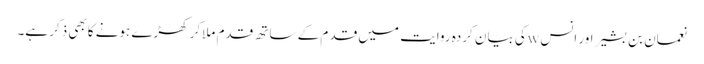
نعمان بن بشیر اور انس wکی بیان کردہ روایت میں قد م کے ساتھ قدم ملاکر کھڑے ہونے کابھی ذکر ہے۔